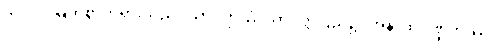
ဘဂဝါ၊ မြတ်စွာဘုရားသည်။ သာဝတ္ထိယံ၊ သာဝတ္တိပြည်၌။ အနာထပိဏ္ဍိကဿ၊